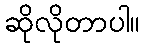
ဆိုလိုတာပါ။